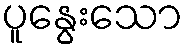
ပူနွေးသော